Lunatic asylums Madras 1892-1911 - 1892-1911
Year: 1892
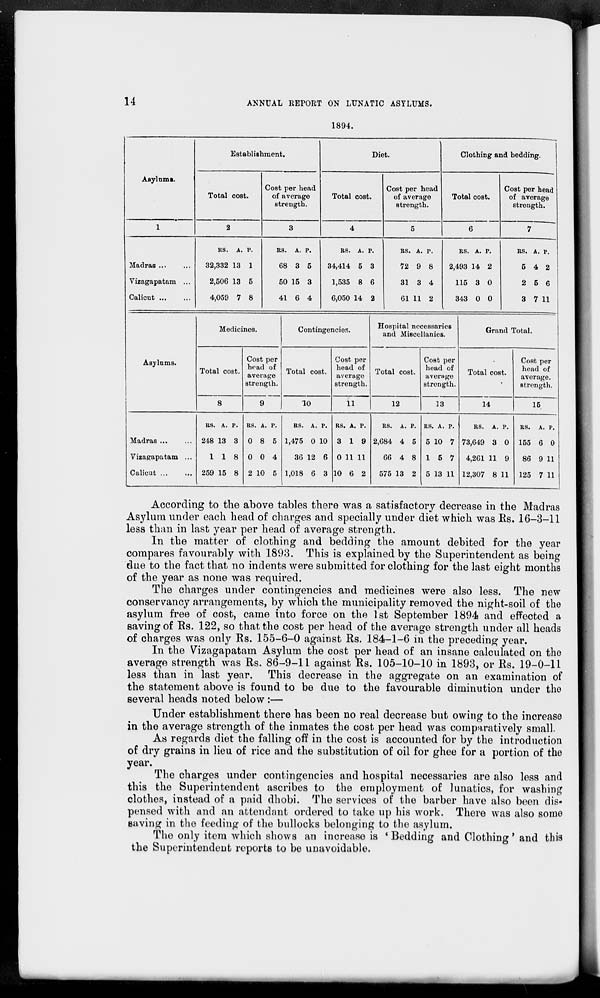
14
ANNUAL REPORT ON LUNATIC ASYLUMS.
1894.
Asylums.
1
Madras ... ...
Vizagapatam ...
Calicut ... ...
Establishment.
Total cost.
2
Rs.
32,332
2,506
4,059
A.
13
13
7
P.
1
5
8
Cost per head
of average
strength.
3
Rs.
68
50
41
A.
3
15
6
P.
5
3
4
Diet.
Total cost.
4
Rs.
34,414
1,535
6,050
A.
5
8
14
P.
3
6
2
Cost per head
of average
strength.
5
Rs.
72
31
61
A.
9
3
11
P.
8
4
2
Clothing and bedding.
Total cost.
6
Rs.
2,493
115
343
A.
14
3
0
P.
2
0
0
Cost per head
of average
strength.
7
Rs.
5
2
3
A.
4
5
7
P.
2
6
11
Asylums.
Madras ... ...
Vizagapatam ...
Calicut ... ...
Medicines.
Total cost.
8
Rs.
248
1
259
A.
13
1
15
P.
3
8
8
Cost per
head of
average
strength.
9
Rs.
0
0
2
A.
8
0
10
P.
5
4
5
Contingencies.
Total cost.
10
Rs.
1,475
36
1,018
A.
0
12
6
P.
10
6
3
Cost per
head of
average
strength.
11
Rs.
3
0
10
A.
1
11
6
P.
9
11
2
Hospital necessaries
and Miscellanies.
Total cost.
12
Rs.
2,684
66
575
A.
4
4
13
P.
5
8
2
Cost per
head of
average
strength.
13
Rs.
5
1
5
A.
10
5
13
P.
7
7
11
Grand Total.
Total cost.
14
Rs.
73,649
4,261
12,307
A.
3
11
8
P.
0
9
11
Cost per
head of
average,
strength.
15.
Rs.
155
86
125
A.
6
9
7
P.
0
11
11
According to the above tables there was a satisfactory decrease in the Madras
Asylum under each head of charges and specially under diet which was Rs. 16-3-11
less than in last year per head of average strength.
In the matter of clothing and bedding the amount debited for the year
compares favourably with 1893. This is explained by the Superintendent as being
due to the fact that no indents were submitted for clothing for the last eight months
of the year as none was required.
The charges under contingencies and medicines were also less. The new
conservancy arrangements, by which the municipality removed the night-soil of the
asylum free of cost, came into force on the 1st September 1894 and effected a
saving of Rs. 122, so that the cost per head of the average strength under all heads
of charges was only Rs. 155-6-0 against Rs. 184-1-6 in the preceding year.
In the Vizagapatam Asylum the cost per head of an insane calculated on the
average strength was Rs. 86-9-11 against Rs. 105-10-10 in 1893, or Rs. 19-0-11
less than in last year. This decrease in the aggregate on an examination of
the statement above is found to be due to the favourable diminution under the
several heads noted below:—
Under establishment there has been no real decrease but owing to the increase
in the average strength of the inmates the cost per head was comparatively small.
As regards diet the falling off in the cost is accounted for by the introduction
of dry grains in lieu of rice and the substitution of oil for ghee for a portion of the
year.
The charges under contingencies and hospital necessaries are also less and
this the Superintendent ascribes to the employment of lunatics, for washing
clothes, instead of a paid dhobi. The services of the barber have also been dis-
pensed with and an attendant ordered to take up his work. There was also some
saving in the feeding of the bullocks belonging to the asylum.
The only item which shows an increase is 'Bedding and Clothing' and this
the Superintendent reports to be unavoidable.